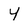
Character: Y